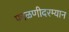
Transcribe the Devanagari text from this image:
फाळणीदरम्यान